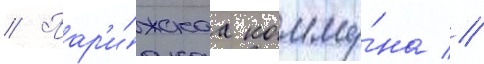
// Пар'и́жскаа комму́на //